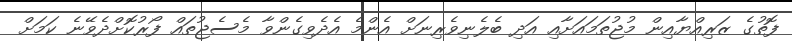
ފޮތުގެ ޒަރިއްޔާއިން މުޖުތަމައަށާއި އަދި ބެލެނިވެރިނަށް އެންމެ އެދެވިގެންވާ މެސެޖުތައް ފޯރުކޮށްދެވޭނެ ކަމަށް